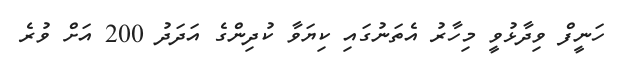
ހަނީފް ވިދާޅުވީ މިހާރު އެތަނުގައި ކިޔަވާ ކުދިންގެ އަދަދު 200 އަށް ވުރެ